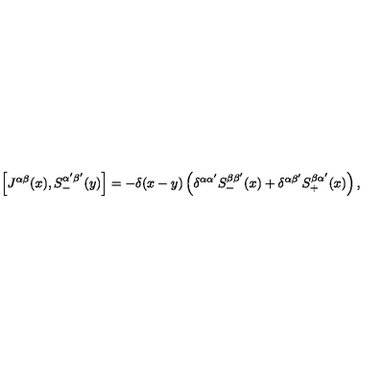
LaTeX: \left[ J ^ { \alpha \beta } ( x ) , S _ { - } ^ { \alpha ^ { \prime } \beta ^ { \prime } } ( y ) \right] = - \delta ( x - y ) \left( \delta ^ { \alpha \alpha ^ { \prime } } S _ { - } ^ { \beta \beta ^ { \prime } } ( x ) + \delta ^ { \alpha \beta ^ { \prime } } S _ { + } ^ { \beta \alpha ^ { \prime } } ( x ) \right) ,